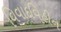
વિવાદવિહીન